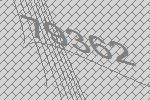
79362